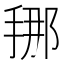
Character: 𭡇